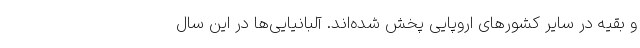
و بقیه در سایر کشورهای اروپایی پخش شده‌اند. آلبانیایی‌ها در این سال